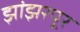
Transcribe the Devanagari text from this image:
झांझरपूर